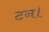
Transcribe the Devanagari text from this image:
टन।